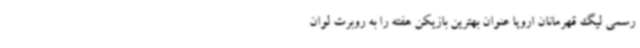
رسمی لیگ قهرمانان اروپا عنوان بهترین بازیکن هفته را به روبرت لوان